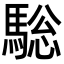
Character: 𩣭